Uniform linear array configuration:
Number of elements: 48
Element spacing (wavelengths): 0.5
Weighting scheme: exponential
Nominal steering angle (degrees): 60
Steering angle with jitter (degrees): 60.985
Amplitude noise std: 0.05
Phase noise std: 0.05

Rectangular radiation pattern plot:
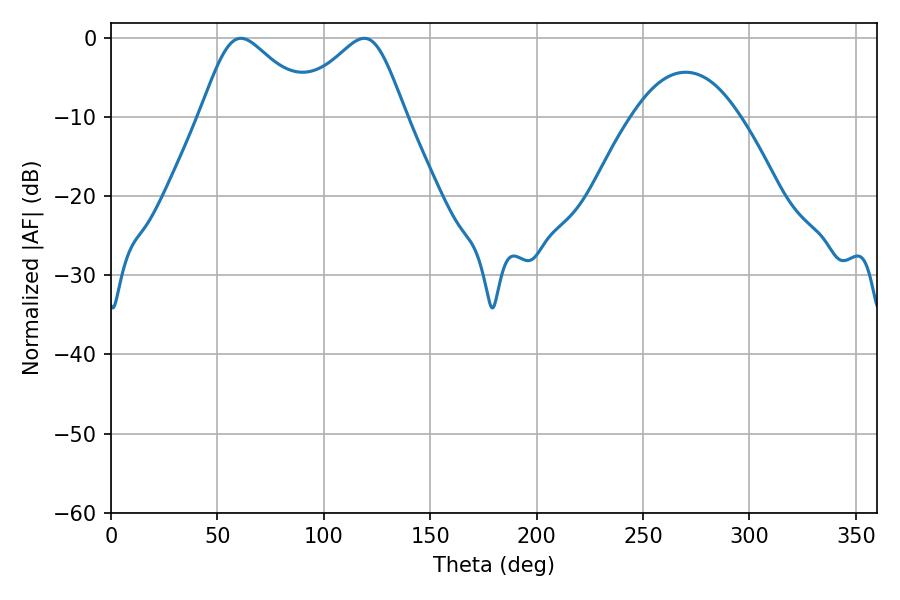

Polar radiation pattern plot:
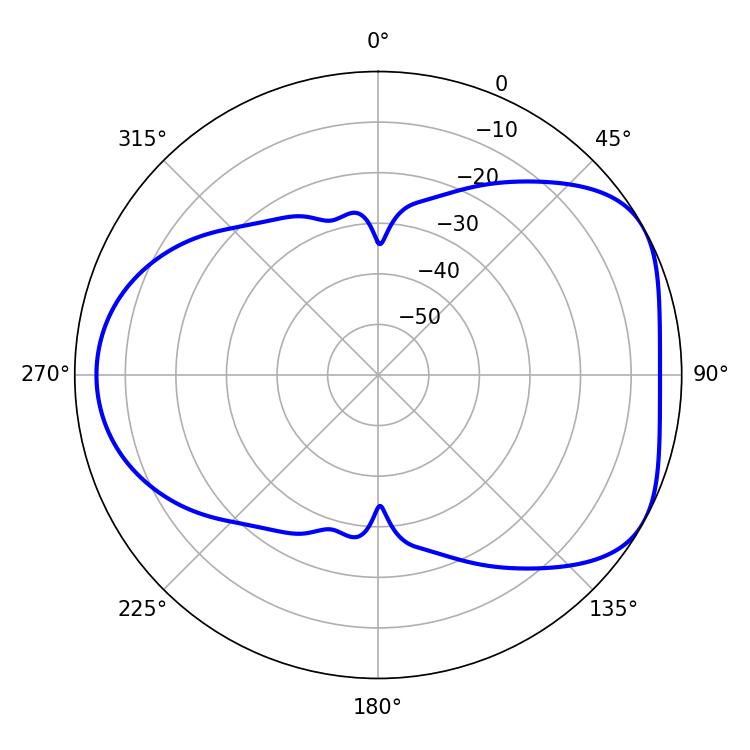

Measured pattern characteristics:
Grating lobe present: FALSE
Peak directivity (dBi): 4.876
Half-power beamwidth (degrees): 26.46
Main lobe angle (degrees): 61.02